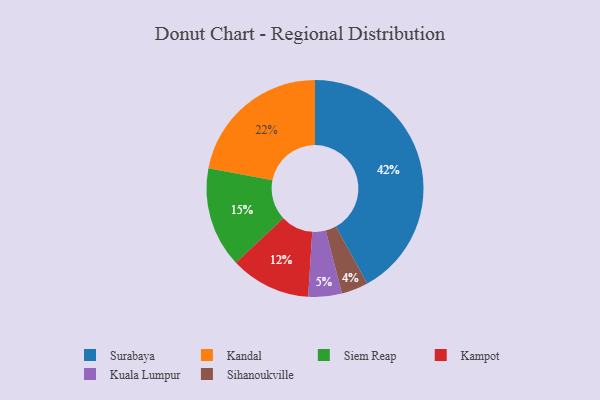
{"axis": {"x": "Category", "y": "Percentage"}, "legend": ["Kampot", "Kandal", "Kuala Lumpur", "Siem Reap", "Sihanoukville", "Surabaya"], "data": [{"x": "Surabaya", "y": 42, "type": "Surabaya"}, {"x": "Kampot", "y": 12, "type": "Kampot"}, {"x": "Kandal", "y": 22, "type": "Kandal"}, {"x": "Sihanoukville", "y": 4, "type": "Sihanoukville"}, {"x": "Siem Reap", "y": 15, "type": "Siem Reap"}, {"x": "Kuala Lumpur", "y": 5, "type": "Kuala Lumpur"}]}